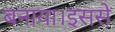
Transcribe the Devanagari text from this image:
बनाया।इससे